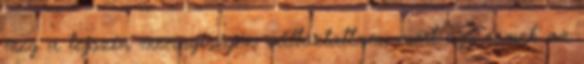
meg a tejszín mennyiségén változtattam, mert úgy remek az